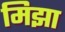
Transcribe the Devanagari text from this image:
मिझा